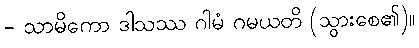
- သာမိကော ဒါသဿ ဂါမံ ဂမယတိ (သွားစေ၏)။